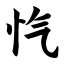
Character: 忾